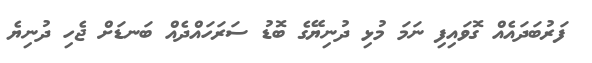
ފަރުބަދައެއް ގޮވައިފި ނަމަ މުޅި ދުނިޔޭގެ ބޮޑު ސަރަހައްދެއް ބަނޑަށް ޖެހި ދުނިޔެ